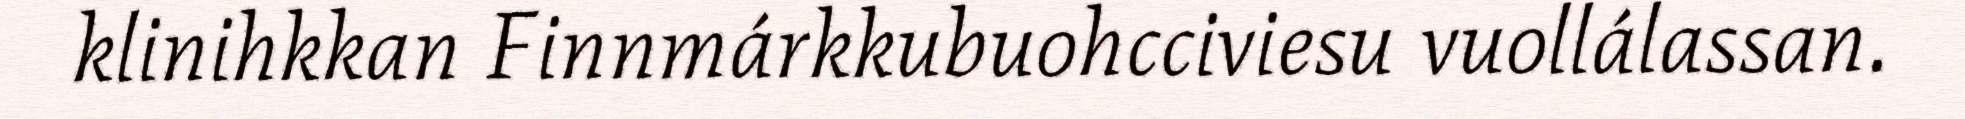
klinihkkan Finnmárkkubuohcciviesu vuollálassan.